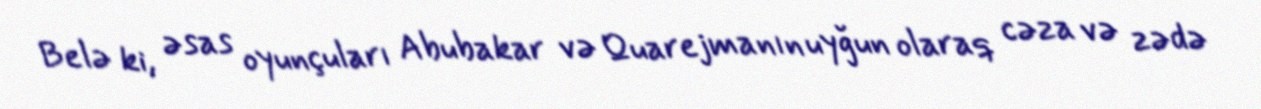
Belə ki, əsas oyunçuları Abubakar və Quarejmanın uyğun olaraq cəza və zədə